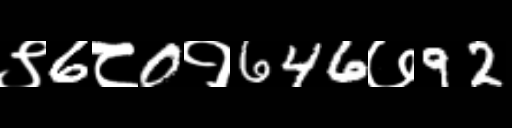
Text: ९6८0१646७92